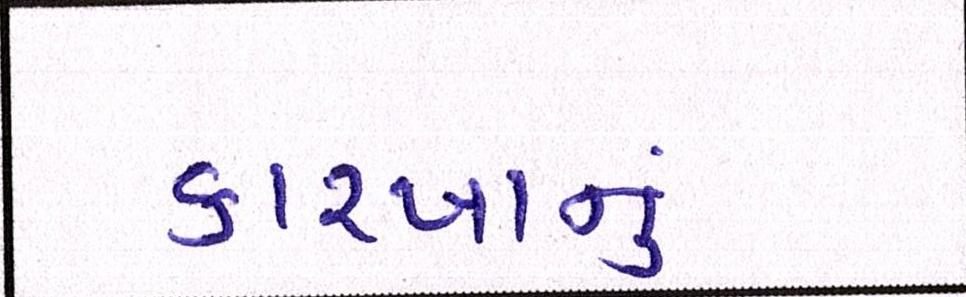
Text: કારખાનું